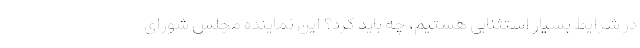
در شرایط بسیار استثنایی هستیم، چه باید کرد؟ این نماینده مجلس شورای